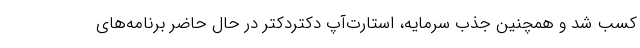
کسب شد و همچنین جذب سرمایه، استارت‌آپ دکتردکتر در حال حاضر برنامه‌های